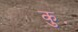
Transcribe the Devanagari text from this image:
कु॰